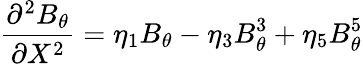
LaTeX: \frac{{{\partial}^{2}}{{B}_{\theta}}}{\partial{{X}^{2}}}={{\eta}_{1}}{{B}_{\theta}}-{{\eta}_{3}}B_{\theta}^{3}+{{\eta}_{5}}B_{\theta}^{5}